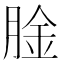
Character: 𫆤